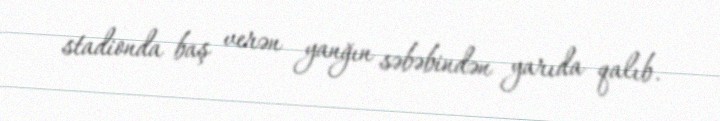
stadionda baş verən yanğın səbəbindən yarıda qalıb.